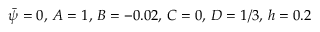
\bar { \psi } = 0 , \, A = 1 , \, B = - 0 . 0 2 , \, C = 0 , \, D = 1 / 3 , \, h = 0 . 2